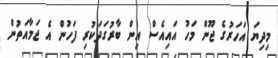
މިދިޔަ އަހަރުގެ ޖޫން މަހު އައިއެސް އިން ބާރުގަދަކުރި ފަހުން އެ ޖަމާއަތުން